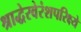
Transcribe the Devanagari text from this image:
श्राद्धेरवेरंशपरिक्ष्ये